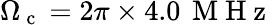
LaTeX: \Omega_{\mathrm{~c~}}=2\pi\times 4.0\, \mathrm{~M~H~z~}